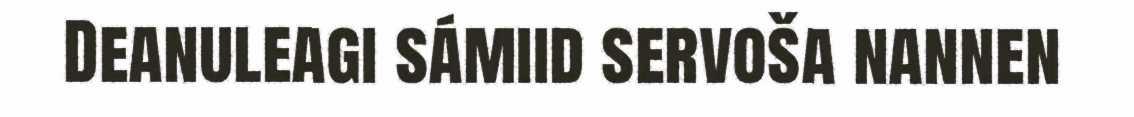
Deanuleagi sámiid servoša nannen